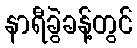
နာရီခွဲခန့်တွင်